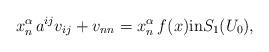
LaTeX: \begin{align*}x_n^{\alpha} \, a^{ij} v_{ij} + v_{nn}= x_n^{\alpha} \, f(x) \mbox{in} S_1(U_0),\end{align*}